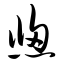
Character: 窗